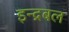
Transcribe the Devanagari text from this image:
इन्द्रबल